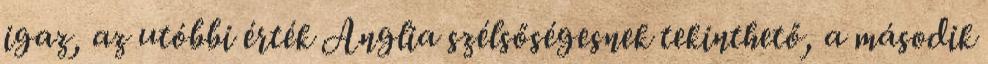
igaz, az utóbbi érték Anglia szélsőségesnek tekinthető, a második